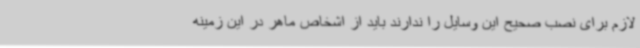
لازم برای نصب صحیح این وسایل را ندارند باید از اشخاص ماهر در این زمینه